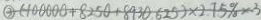
\textcircled { 3 } ( 1 0 0 0 0 0 + 8 2 5 0 + 8 9 3 0 6 2 5 ) \times 2 . 7 5 \% = 3